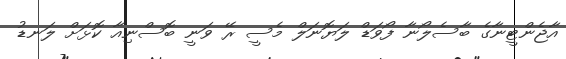
އާޖެންޓީނާގެ ބާސެލޯނާ ފޯވަޑް ލަޔޮނަލް މެސީ ރޭ ވަނީ ބޮސްނިއާ ކޮޅަށް ލަނޑު